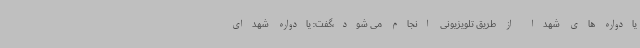
یادواره های شهدا از طریق تلویزیونی انجام می شود،گفت: یادواره شهدای